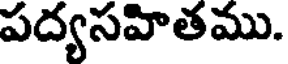
పద్యసహితము.